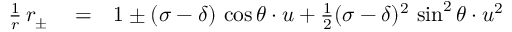
\begin{array} { r l r } { \frac { 1 } { r } \, r _ { \pm } } & { { } = } & { 1 \pm ( \sigma - \delta ) \, \cos \theta \cdot u + \frac { 1 } { 2 } ( \sigma - \delta ) ^ { 2 } \, \sin ^ { 2 } \theta \cdot u ^ { 2 } } \end{array}